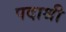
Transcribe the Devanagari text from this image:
पदाश्री